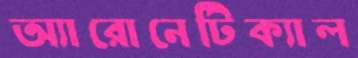
অ্যারোনেটিক্যাল